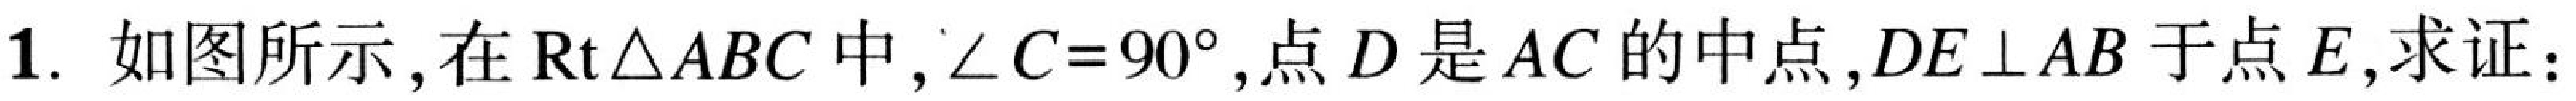
1. 如图所示，在$\mathrm{Rt}\triangle ABC$中，$\angle C = 90^{\circ}$,点$D$是$AC$的中点,$DE\perp AB$于点$E$,求证：